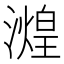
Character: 𬉒